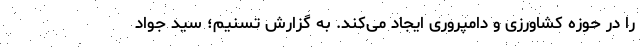
را در حوزه کشاورزی و دامپروری ایجاد می‌کند. به گزارش تسنیم؛ سید جواد